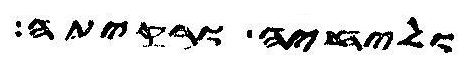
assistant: וליחיה ורקיתה